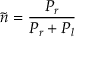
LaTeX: { \tilde { n } } = { \frac { P _ { r } } { P _ { r } + P _ { l } } }